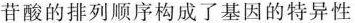
苷酸的排列顺序构成了基因的特异性